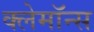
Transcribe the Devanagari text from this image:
क्लेमॉन्स